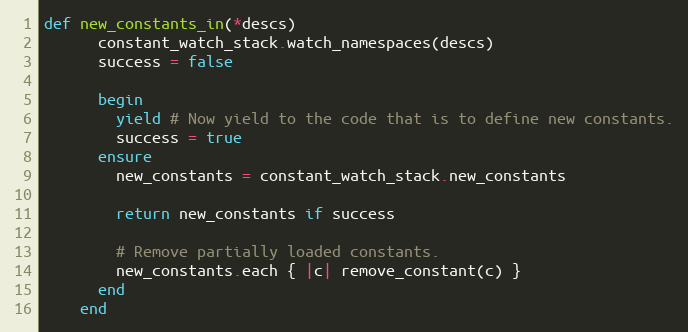
Language: Ruby
def new_constants_in(*descs)
      constant_watch_stack.watch_namespaces(descs)
      success = false

      begin
        yield # Now yield to the code that is to define new constants.
        success = true
      ensure
        new_constants = constant_watch_stack.new_constants

        return new_constants if success

        # Remove partially loaded constants.
        new_constants.each { |c| remove_constant(c) }
      end
    end